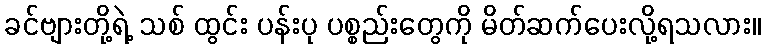
ခင်ဗျားတို့ရဲ့ သစ် ထွင်း ပန်းပု ပစ္စည်းတွေကို မိတ်ဆက်ပေးလို့ရသလား။